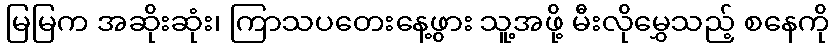
မြမြက အဆိုးဆုံး၊ ကြာသပတေးနေ့ဖွား သူ့အဖို့ မီးလိုမွှေသည့် စနေကို